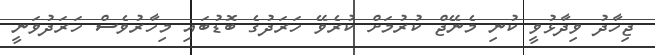
ޖިހާދު ވިދާޅުވީ ކުނި މެނޭޖް ކުރުމަށް ކުރެވޭ ހަރަދުގެ ބޮޑުބައި މިހާރުވެސް ހަރަދުވަނީ